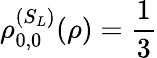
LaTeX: \rho_{0,0}^{(S_{L})}(\rho)={\frac{1}{3}}